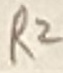
Text: R2